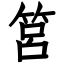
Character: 筥